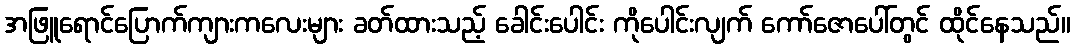
အဖြူရောင်ပြောက်ကျားကလေးများ ခတ်ထားသည့် ခေါင်းပေါင်း ကိုပေါင်းလျက် ကော်ဇောပေါ်တွင် ထိုင်နေသည်။